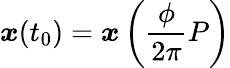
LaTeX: \boldsymbol{\mathit{x}}(t_{0})=\boldsymbol{\mathit{x}}\left(\frac{{\phi}}{{2\pi}}P\right)